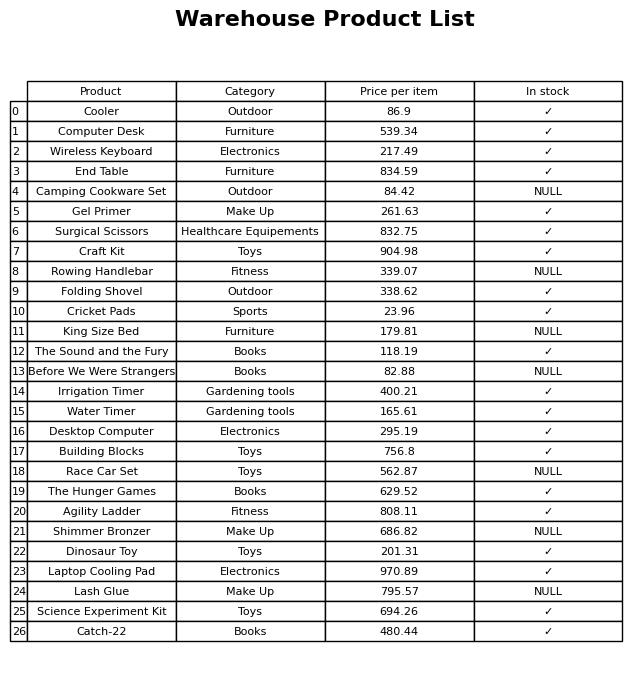
question: Is the Desktop Computer in stock?
answer: ✓